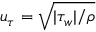
u _ { \tau } = \sqrt { | \tau _ { w } | / \rho }